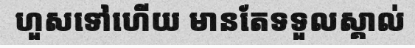
ហួសទៅហើយ មានតែទទួលស្គាល់